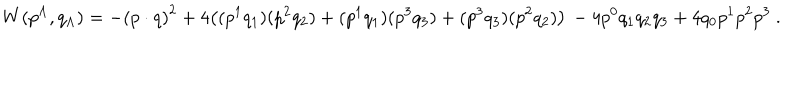
W ( p ^ { \Lambda } , q _ { \Lambda } ) = - { ( p \cdot q ) } ^ { 2 } + 4 \bigl ( ( p ^ { 1 } q _ { 1 } ) ( p ^ { 2 } q _ { 2 } ) + ( p ^ { 1 } q _ { 1 } ) ( p ^ { 3 } q _ { 3 } ) + ( p ^ { 3 } q _ { 3 } ) ( p ^ { 2 } q _ { 2 } ) \bigr ) \, - 4 p ^ { 0 } q _ { 1 } q _ { 2 } q _ { 3 } + 4 q _ { 0 } p ^ { 1 } p ^ { 2 } p ^ { 3 } \ .